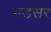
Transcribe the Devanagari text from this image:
गडसर